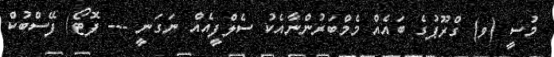
މުސީ (ވ) ގްރޫޕުގެ ބައެއް މެމްބަރުންނާއެކު ސެލްފީއެއް ނަގަނީ --- ފޮޓޯ/ ފޭސްބުކް